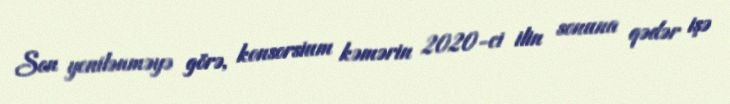
Son yenilənməyə görə, konsorsium kəmərin 2020-ci ilin sonuna qədər işə